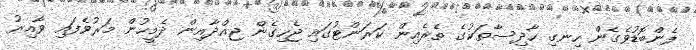
ފެންބޮޑުވެގެން ހިނގި ހާދިސާތަކުގެ ތެރެއިން ކަރަންޓުގައި ޖެހިގެން ޖިއްދާއިން ދެމީހުން މަރުވެފައި ވާއިރު